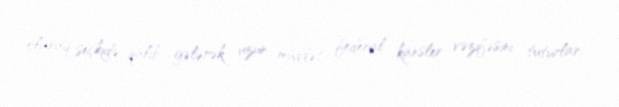
olaraq seçkidə qalib gələrək uzun müddət federal kansler vəzifəsini tuturlar.